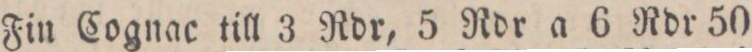
Fin Cognac till 3 Rdr, 5 Rdr a 6 Rdr 50